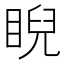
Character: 睨